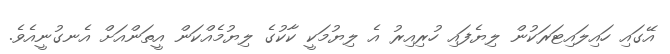
އޭގައި ހައިލައިޓަރަކުން ލިޔެފައި ހުރިއިރު އެ ލިޔުމަކީ ކާކުގެ ލިޔުމެއްކަން އީތަންއަށް އެނގުނީއެވެ.